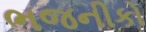
ભજનીકો